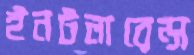
ইনটলারেন্স